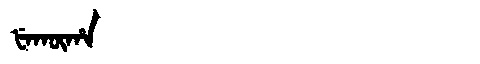
Manchu: ᡶᡝᡴᡡᡥᠠ
Romanization: FEKŪHA